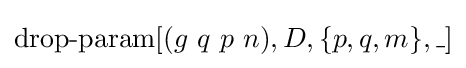
\operatorname {drop-param} [(g\ q\ p\ n),D,\{p,q,m\},\_]